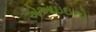
એઆઇઇનો